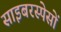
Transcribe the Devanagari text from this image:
साइबरस्पेसों